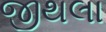
જીથલા